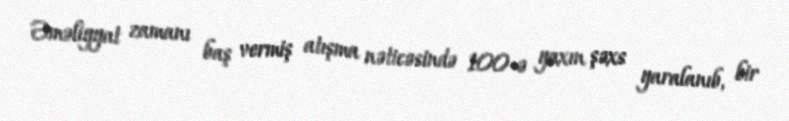
Əməliyyat zamanı baş vermiş atışma nəticəsində 100-ə yaxın şəxs yaralanıb, bir